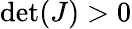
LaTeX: \operatorname*{det}(J)>0